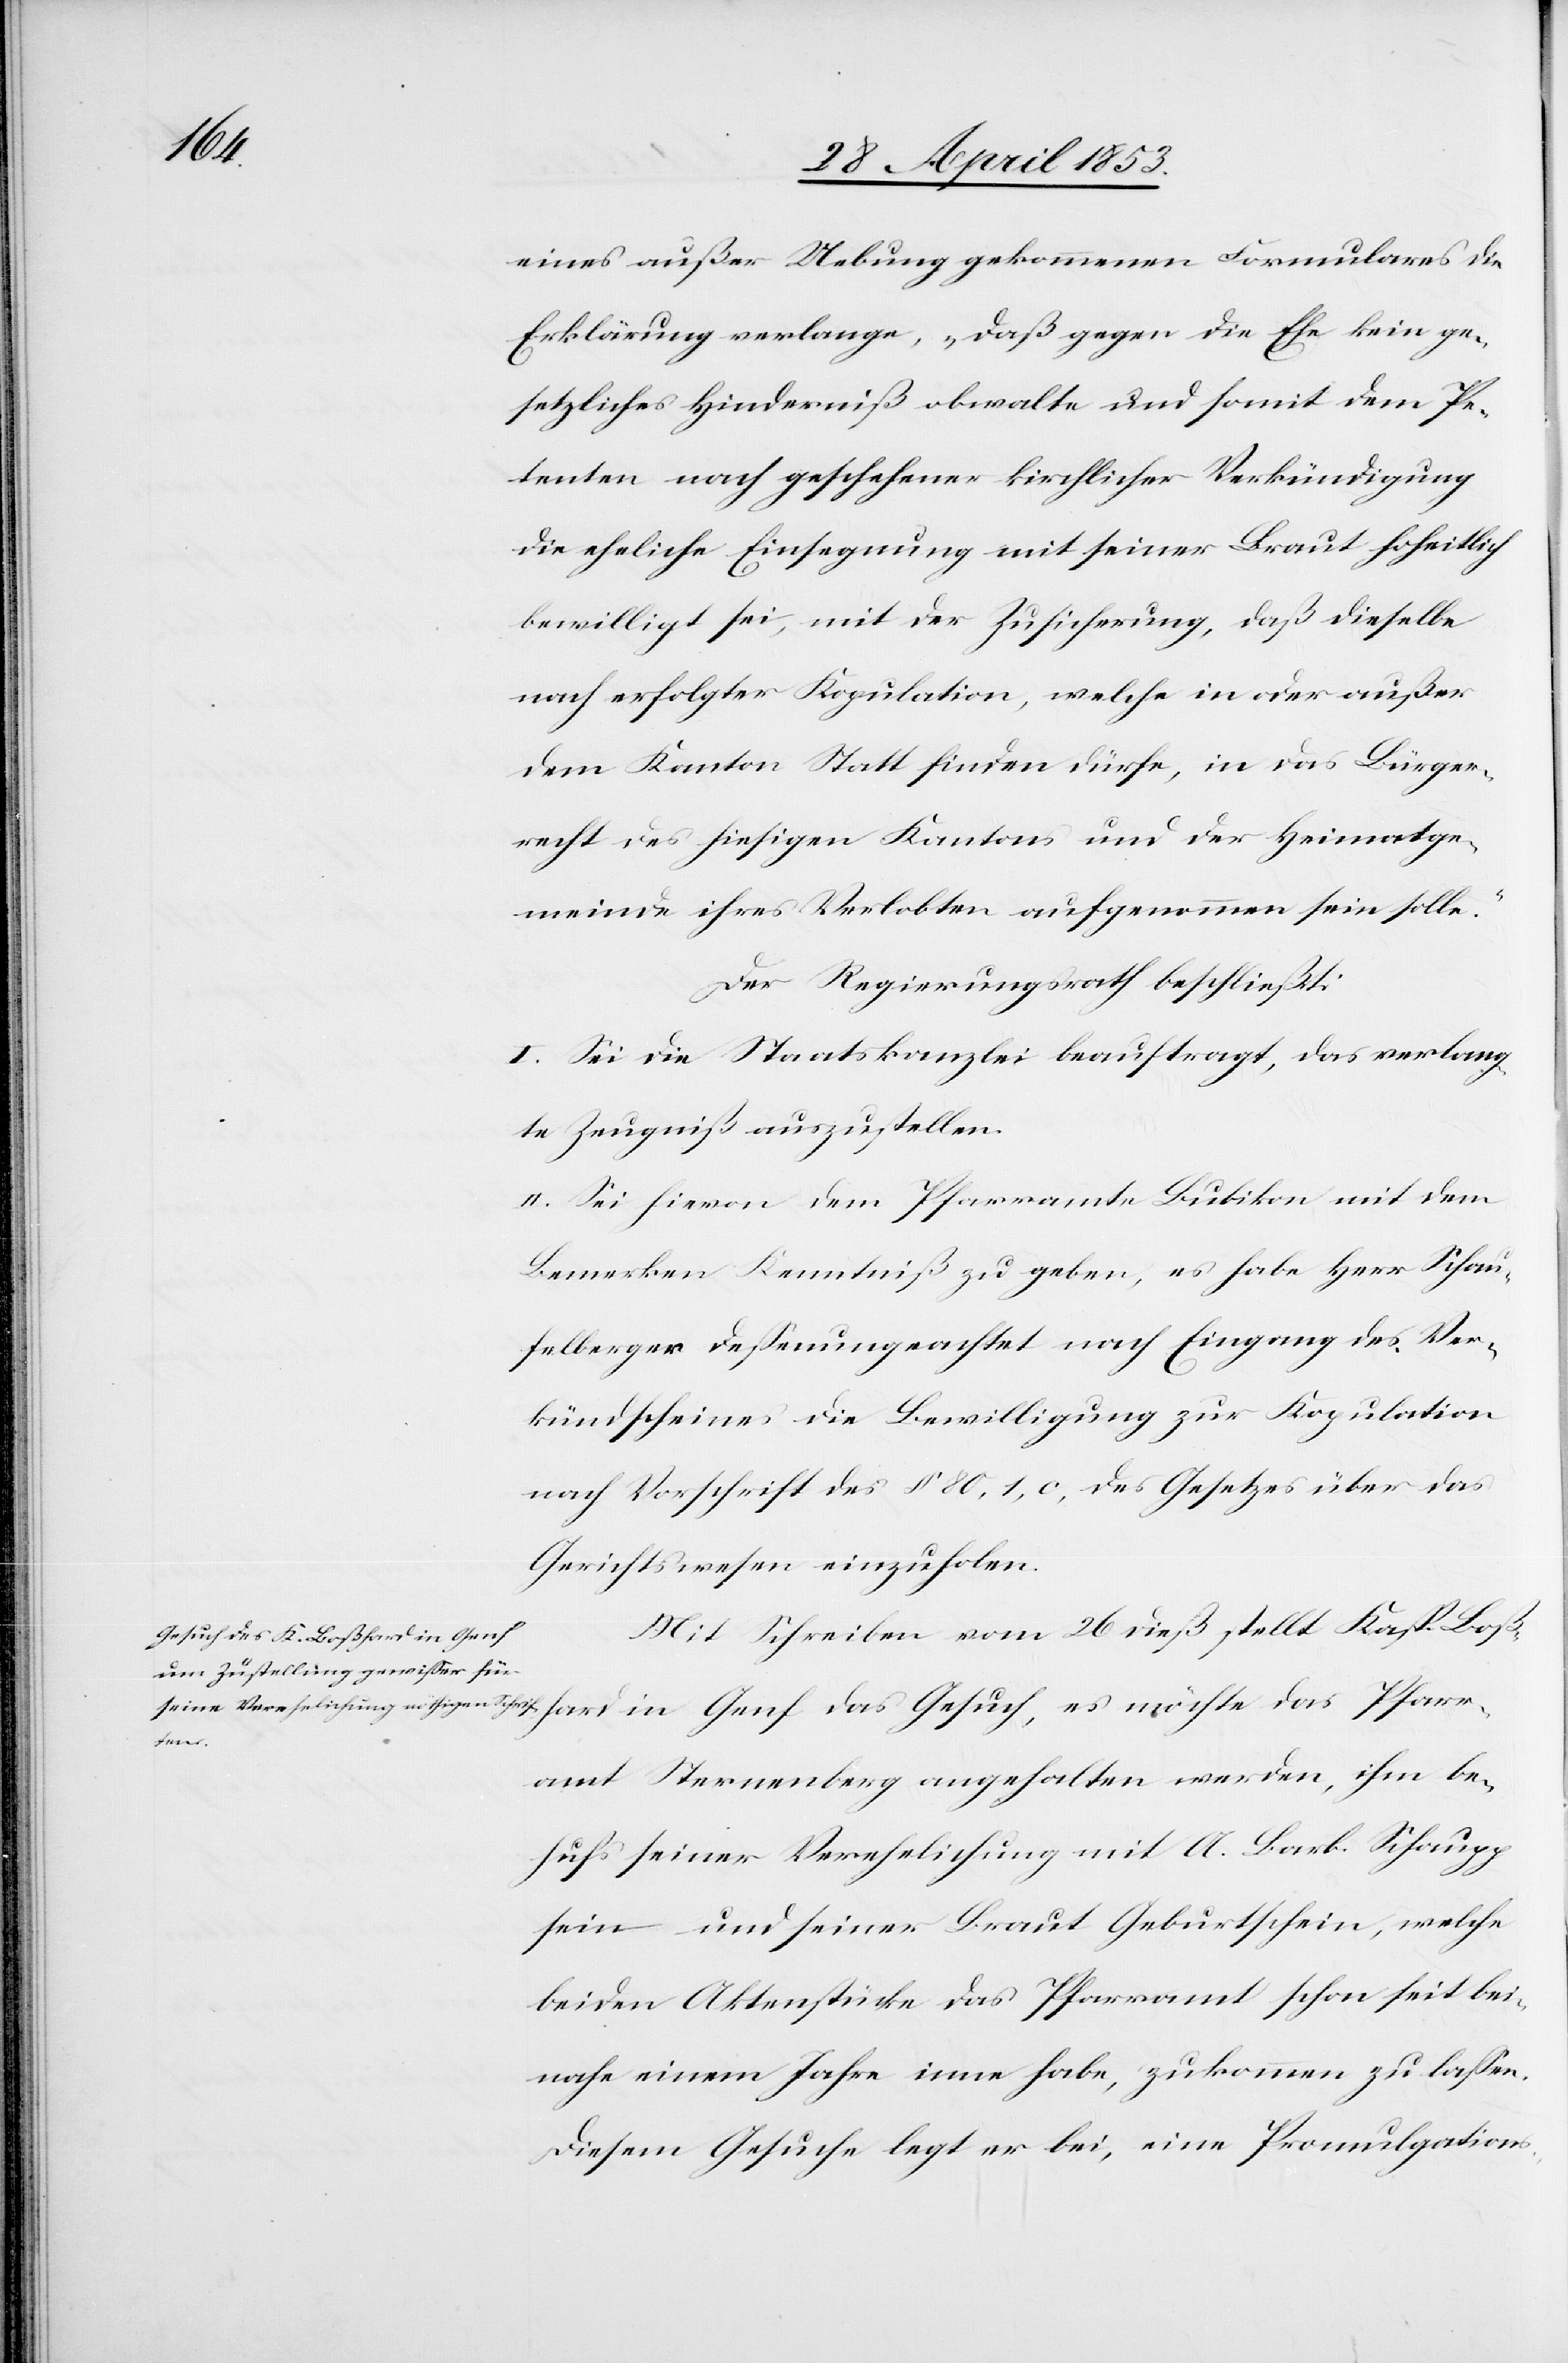
eines außer Uebung gekommenen Formulars die
Erklärung verlange, daß gegen die Ehe kein ge¬
setzliches Hinderniß obwalte und somit dem Pe¬
tenten nach geschehener kirchlicher Verkündigung
die eheliche Einsegnung mit seiner Braut hoheitlich
bewilligt sei, mit der Zusicherung, daß dieselbe
nach erfolgter Kopulation, welche in oder außer
dem Kanton Statt finden dürfe, in das Bürger¬
recht des hiesigen Kantons und der Heimatge¬
meinde ihres Verlobten aufgenommen sein solle.“
Der Regierungsrath beschließt:
I. Sei die Staatskanzlei beauftragt, das verlang¬
te Zeugniß auszustellen.
II. Sei hievon dem Pfarramte Bubikon mit dem
Bemerken Kenntniß zu geben, es habe Herr Schau¬
felberger deßenungeachtet nach Eingang des Ver¬
kündscheines die Bewilligung zur Kopulation
nach Vorschrift des § 80, 1, c, des Gesetzes über das
Gerichtswesen einzusenden.
Mit Schreiben vom 26 dieß stellt Kasp. Boß¬
rr¬
amt Sternenberg angehalten werden, ihm be¬
hufs seiner Verehelichung mit A. Barb. Schaupp
sein und seiner Braut Geburtschein, welche
beiden Aktenstücke das Pfarramt schon seit bei¬
nahe einem Jahre inne habe, zukommen zu laßen.
Diesem Gesuche legt er bei, eine Promulgations-